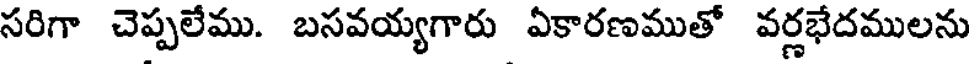
సరిగా చెప్పలేము. బసవయ్యగారు ఏకారణముతో వర్ణభేదములను